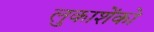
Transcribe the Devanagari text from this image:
लुकाशेंको